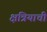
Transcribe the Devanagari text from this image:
क्षत्रियाची